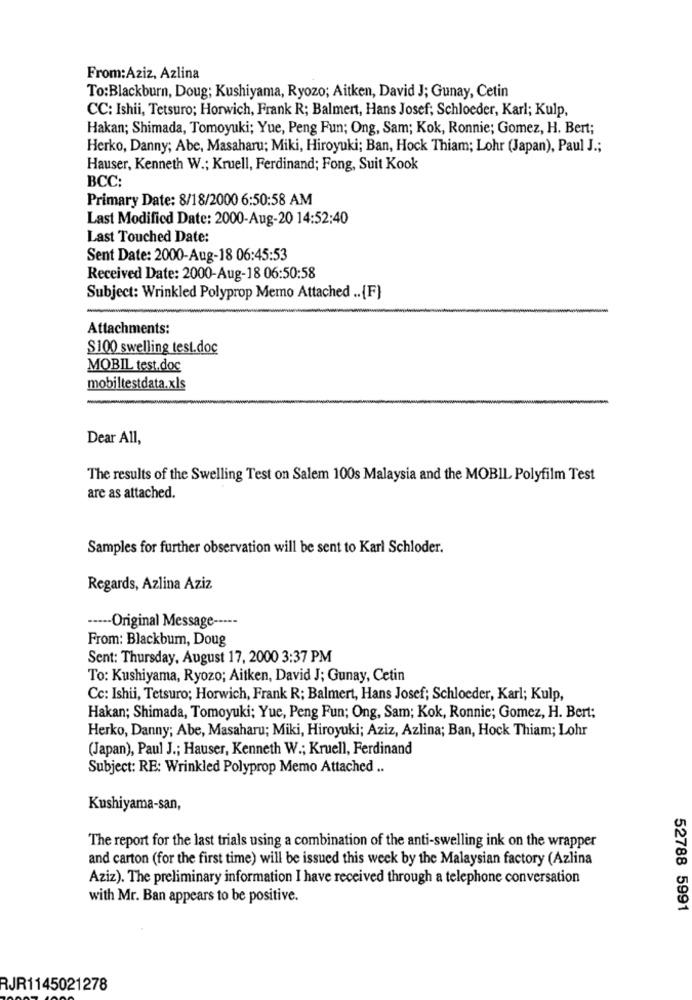
From:Aziz, Azlina
To:Blackburn, Doug; Kushiyama, Ryozo; Aitken, David J; Gunay, Cetin
CC: Ishii, Tetsuro; Horwich, Frank R; Balmert, Hans Josef; Schloeder, Karl; Kulp,
Hakan; Shimada, Tomoyuki; Yue, Peng Fun; Ong, Sam; Kok, Ronnie; Gomez, H. Bert;
Herko, Danny; Abe, Masaharu; Miki, Hiroyuki; Ban, Hock Thiam; Lohr (Japan), Paul J .;
Hauser, Kenneth W .; Kruell, Ferdinand; Fong, Suit Kook
BCC:
Primary Date: 8/18/2000 6:50:58 AM
Last Modified Date: 2000-Aug-20 14:52:40
Last Touched Date:
Sent Date: 2000-Aug-18 06:45:53
Received Date: 2000-Aug-18 06:50:58
Subject: Wrinkled Polyprop Memo Attached .. {F}
Attachments:
$100 swelling test.doc
MOBIL test.doc
mobiltestdata.xls
Dear All,
The results of the Swelling Test on Salem 100s Malaysia and the MOBIL Polyfilm Test
are as attached.
Samples for further observation will be sent to Karl Schloder.
Regards, Azlina Aziz
----- Original Message -----
From: Blackbum, Doug
Sent: Thursday, August 17, 2000 3:37 PM
To: Kushiyama, Ryozo; Aitken, David J; Gunay, Cetin
Cc: Ishii, Tetsuro; Horwich, Frank R; Balmert, Hans Josef; Schloeder, Karl; Kulp,
Hakan; Shimada, Tomoyuki; Yue, Peng Fun; Ong, Sam; Kok, Ronnie; Gomez, H. Bert;
Herko, Danny; Abe, Masaharu; Miki, Hiroyuki; Aziz, Azlina; Ban, Hock Thiam; Lohr
(Japan), Paul J .; Hauser, Kenneth W .; Kruell, Ferdinand
Subject: RE: Wrinkled Polyprop Memo Attached ..
Kushiyama-san,
The report for the last trials using a combination of the anti-swelling ink on the wrapper
and carton (for the first time) will be issued this week by the Malaysian factory (Azlina
Aziz). The preliminary information I have received through a telephone conversation
with Mr. Ban appears to be positive.
52788 5991
RJR1145021278